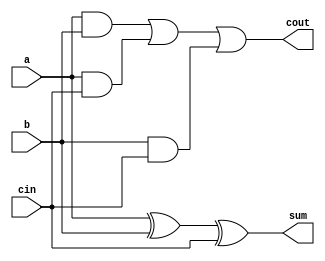
module full_adder(
    input a, // 
    input b, // 
    input cin, // 
    output sum, // 
    output cout // 
);

    // 
    wire sum_ab, carry_ab, carry_ac, carry_bc;

    // ab
    xor(sum_ab, a, b);
    // ab
    and(carry_ab, a, b);
    // acin
    and(carry_ac, a, cin);
    // bcin
    and(carry_bc, b, cin);
    // abcin
    xor(sum, sum_ab, cin);
    // abacinbcin
    or(cout, carry_ab, carry_ac, carry_bc);

endmodule